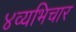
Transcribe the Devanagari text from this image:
४व्यभिचार